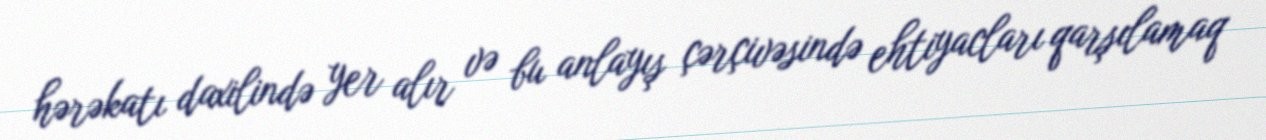
hərəkatı daxilində yer alır və bu anlayış çərçivəsində ehtiyacları qarşılamaq